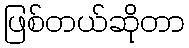
ဖြစ်တယ်ဆိုတာ